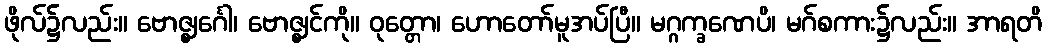
ဖိုလ်၌လည်း။ ဗောဇ္ဈင်္ဂေါ၊ ဗောဇ္ဈင်ကို။ ဝုတ္တော၊ ဟောတော်မူအပ်ပြီ။ မဂ္ဂက္ခဏေပိ၊ မဂ်စကား၌လည်း။ အာရတိ